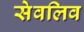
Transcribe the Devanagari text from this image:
सेवलिव